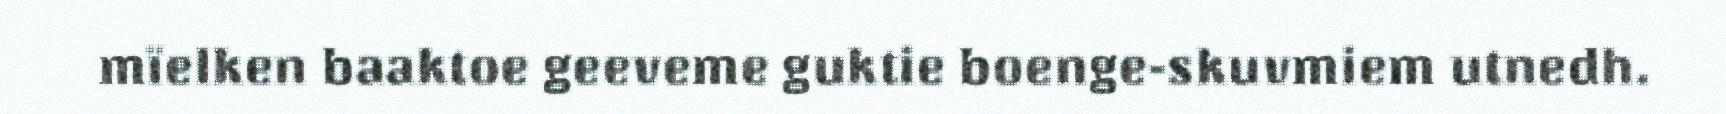
mïelken baaktoe geeveme guktie boenge-skuvmiem utnedh.